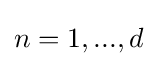
n=1,...,d